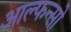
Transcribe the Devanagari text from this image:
आल्फन्सो